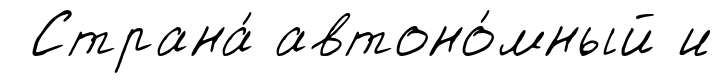
Страна́ автоно́мный и